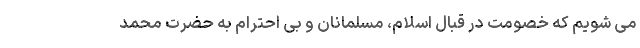
می شویم که خصومت در قبال اسلام، مسلمانان و بی احترام به حضرت محمد